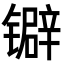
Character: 𬭽